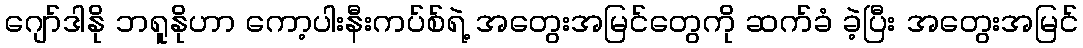
ဂျော်ဒါနို ဘရူနိုဟာ ကော့ပါးနီးကပ်စ်ရဲ့ အတွေးအမြင်တွေကို ဆက်ခံ ခဲ့ပြီး အတွေးအမြင်